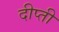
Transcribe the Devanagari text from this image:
दीप्‍ती